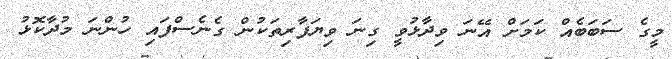
މީގެ ސަބަބެއް ކަމަށް އޭނަ ވިދާޅުވީ ގިނަ ވިޔަފާރިތަކުން ގެނެސްފައި ހުންނަ މުދާކޮޅު